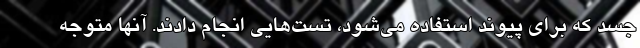
جسد که برای پیوند استفاده می‌شود، تست‌هایی انجام دادند. آنها متوجه